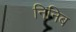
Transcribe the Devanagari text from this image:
निनिब